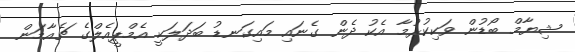
ޝިޔާމް ބޯޑުން ވަކިކުރުމާ އެކު ދެން ގެނައި މައިގަނޑު ބަދަލަކީ އެމްޕީއެލްގެ ޗެއާމަން